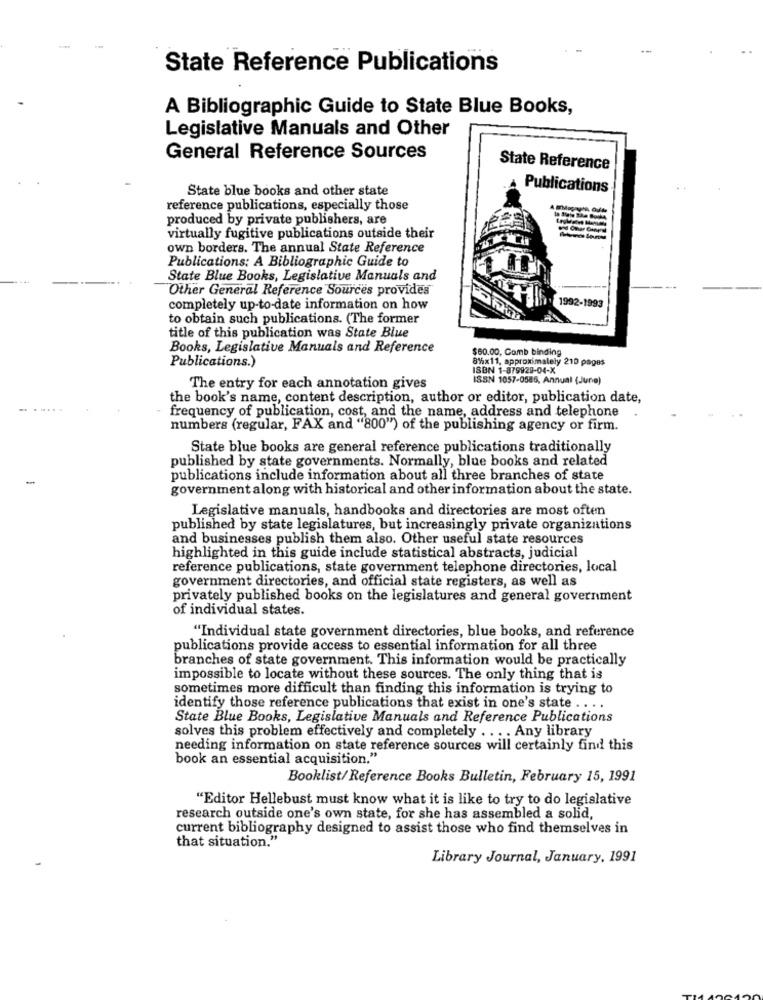
State Reference Publications
A Bibliographic Guide to State Blue Books,
Legislative Manuals and Other
General Reference Sources
State Reference
State blue books and other state
Publications
reference publications, especially those
produced by private publishers, are
virtually fugitive publications outside their
own borders. The annual State Reference
Publications: A Bibliographic Guide to
State Blue Books, Legislative Manuals and
Other General Reference Sources provides
completely up-to-date information on how
1992-1993
to obtain such publications. (The former
title of this publication was State Blue
Books, Legislative Manuals and Reference
Publications.)
$60.00, Comb binding
8hx11, approximately 210 pages
ISBN 1-879929-04-X
ISSN 1057-0585, Annual (June)
The entry for each annotation gives
the book's name, content description, author or editor, publication date,
frequency of publication, cost, and the name, address and telephone
numbers (regular, FAX and "800") of the publishing agency or firm.
State blue books are general reference publications traditionally
published by state governments. Normally, blue books and related
-
publications include information about all three branches of state
government along with historical and other information about the state.
Legislative manuals, handbooks and directories are most often
published by state legislatures, but increasingly private organizations
and businesses publish them also. Other useful state resources
highlighted in this guide include statistical abstracts, judicial
reference publications, state government telephone directories, local
government directories, and official state registers, as well as
privately published books on the legislatures and general government
of individual states.
"Individual state government directories, blue books, and reference
publications provide access to essential information for all three
branches of state government. This information would be practically
impossible to locate without these sources. The only thing that is
sometimes more difficult than finding this information is trying to
identify those reference publications that exist in one's state ....
State Blue Books, Legislative Manuals and Reference Publications
solves this problem effectively and completely . ... Any library
needing information on state reference sources will certainly find this
book an essential acquisition."
Booklist/ Reference Books Bulletin, February 15, 1991
"Editor Hellebust must know what it is like to try to do legislative
research outside one's own state, for she has assembled a solid,
current bibliography designed to assist those who find themselves in
that situation."
Library Journal, January, 1991